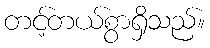
တင့်တယ်စွာရှိသည်။